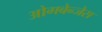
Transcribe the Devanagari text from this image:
ओगबेन्जेस